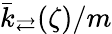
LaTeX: \bar{k}_{\rightleftarrows}(\zeta)/m